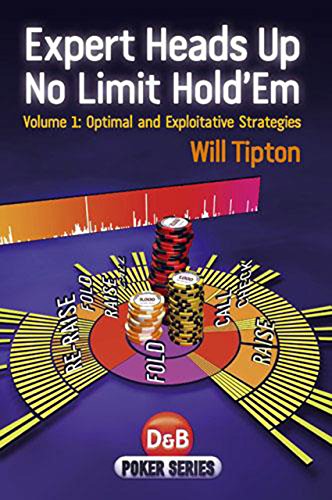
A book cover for Expert Heads Up No Limit Hold'em: Optimal And Exploitative Strategies (Poker Series); Will Tipton; Humor & Entertainment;